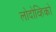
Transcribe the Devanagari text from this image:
लोदोव्हिको